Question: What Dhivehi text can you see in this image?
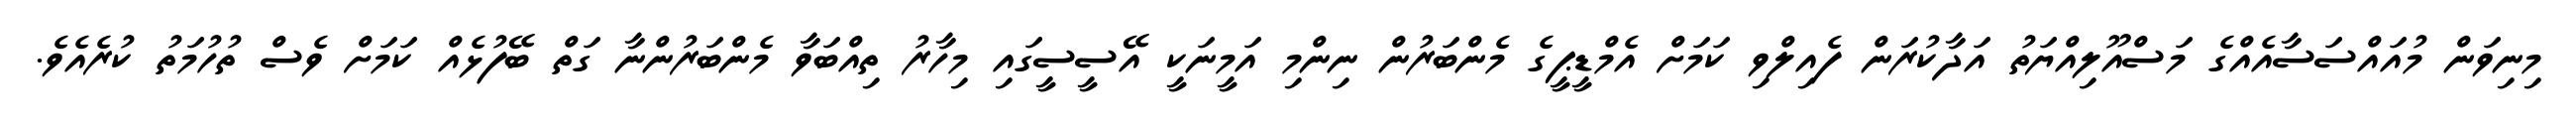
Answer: މިނިވަން މުއައްސަސާއެއްގެ މަސްއޫލިއްޔަތު އަދާކުރަން ފެއިލްވި ކަމަށް އެމްޑީޕީގެ މެންބަރުން ނިންމި އަމީނަކީ އޭސީސީގައި މިހާރު ތިއްބަވާ މެންބަރުންނާ ގަތް ބޭފުޅެއް ކަމަށް ވެސް ތުހުމަތު ކުރެއެވެ.